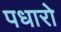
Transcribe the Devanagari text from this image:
पधारो